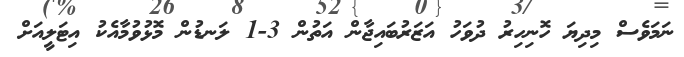
ނަމަވެސް މިދިޔަ ހޮނިހިރު ދުވަހު އަޒަރުބައިޖާން އަތުން 3-1 ލަނޑުން މޮޅުވުމާއެކު އިޓަލީއަށް